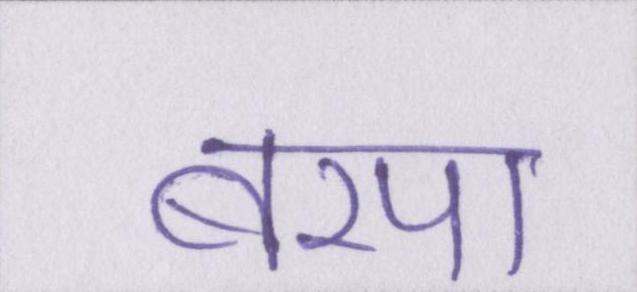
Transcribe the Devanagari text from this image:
बरपा